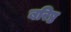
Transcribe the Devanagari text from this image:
बरिष्ठ